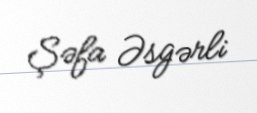
Şəfa Əsgərli